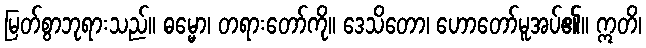
မြတ်စွာဘုရားသည်။ ဓမ္မော၊ တရားတော်ကို။ ဒေသိတော၊ ဟောတော်မူအပ်၏။ ဣတိ၊